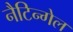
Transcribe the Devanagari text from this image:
नैटिन्गेल